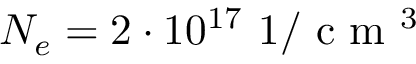
N _ { e } = 2 \cdot 1 0 ^ { 1 7 } ~ 1 / \textrm { c m } ^ { 3 }